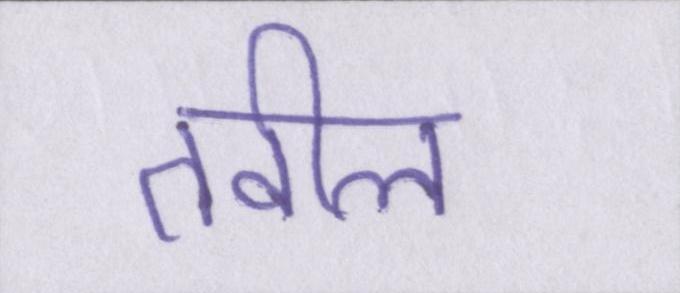
तवील